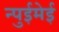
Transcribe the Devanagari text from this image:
न्पुईमेई